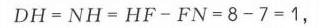
\[
DH = NH = HF - FN = 8 - 7 = 1,
\]